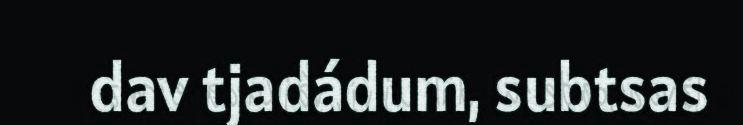
dav tjadádum, subtsas